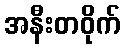
အနီးတဝိုက်